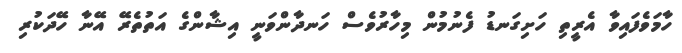
ހާމަވެފައިވާ އެރީތި ހަށިގަނޑު ފެނުމުން މިހާރުވެސް ހަނދާންވަނީ އިޝާންގެ އަތުތެރޭ އޭނާ ހޭދަކުރި